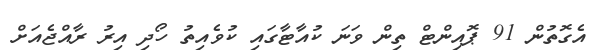
އެގޮތުން 91 ޕޮއިންޓް ތިން ވަނަ ކުއާޓާގައި ކުވެއިތު ހޯދި އިރު ރާއްޖެއަށް